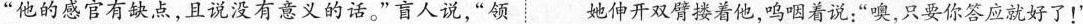
”他的感官有缺点，且说没有意义的话。”言人说，”领她伸开双臂搂着他，呜咽着说：”噢，只要你答应就好了！”